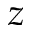
z